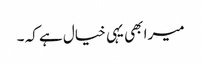
میرا بھی یہی خیال ہے کہ ۔